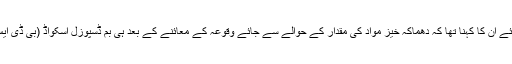
ایک سوال کا جواب دیتے ہوئے ان کا کہنا تھا کہ دھماکہ خیز مواد کی مقدار کے حوالے سے جائے وقوعہ کے معائنے کے بعد ہی بم ڈسپوزل اسکواڈ (بی ڈی ایس) حکام کچھ بتا سکیں گے۔